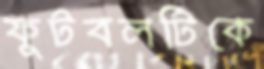
ফুটবলটিকে